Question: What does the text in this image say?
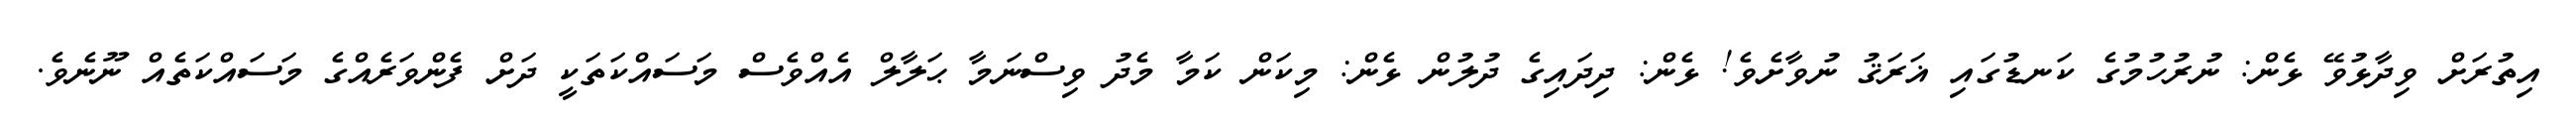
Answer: އިތުރަށް ވިދާޅުވޭ ޅެން: ނުރުހުމުގެ ކަނޑުގައި ޣަރަޤު ނުވާށެވެ! ޅެން: ދިދައިގެ ދުލުން ޅެން: މިކަން ކަމާ މެދު ވިސްނަމާ ޙަލާލް އެއްވެސް މަސައްކަތަކީ ދަށް ފެންވަރެއްގެ މަސައްކަތެއް ނޫނެވެ.